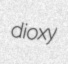
dioxy